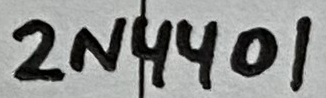
Text: 2N4401